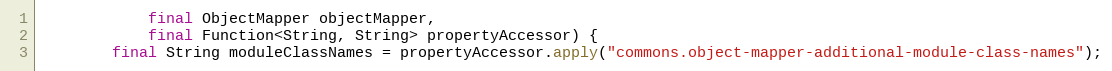
Language: Java
            final ObjectMapper objectMapper,
            final Function<String, String> propertyAccessor) {
        final String moduleClassNames = propertyAccessor.apply("commons.object-mapper-additional-module-class-names");